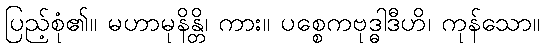
ပြည့်စုံ၏။ မဟာမုနိန္တိ၊ ကား။ ပစ္စေကဗုဒ္ဓါဒီဟိ၊ ကုန်သော။